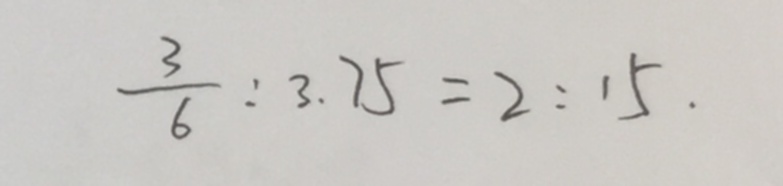
\frac { 3 } { 6 } : 3 . 7 5 = 2 : 1 5 .